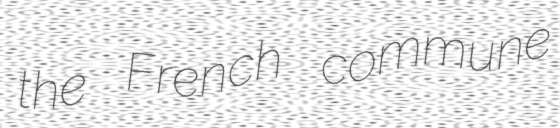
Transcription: the French commune